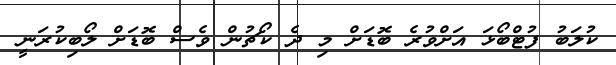
ކުލަބު ފުޓްބޯޅަ އަށްވުރެ ބޮޑަށް މި ދެ ކޯޗުން ވެސް ބޮޑަށް ލޯބިކުރަނީ